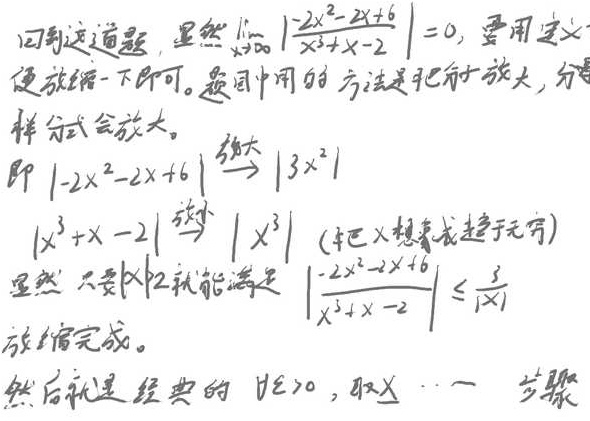
回到这道题，显然\(\lim_{x \to \infty} \left|\frac{-2x^{2}-2x + 6}{x^{3}+x - 2}\right| = 0\)，要用定义证明便放缩一下即可。题中用的方法是把分子放大，分母缩小，这样分式会放大。即
\( |-2x^{2}-2x + 6| \overset{\text{放大}}{\to} |3x^{2}| \)，
\( |x^{3}+x - 2| \overset{\text{缩小}}{\to} |x^{3}| \)（把\(x\)想象成趋于无穷）。
显然，只要\(|x|>2\)就能满足\(\left|\frac{-2x^{2}-2x + 6}{x^{3}+x - 2}\right| \leq \frac{3}{|x|}\)，放缩完成。然后就是经典的\(\forall \varepsilon > 0\)，取\(X\cdots\)步骤。